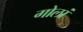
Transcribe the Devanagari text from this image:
गोलां